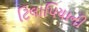
ટિલાપિયાની